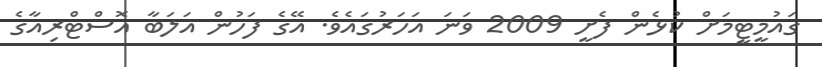
ގައުމީޓީމަށް ކުޅެން ފެށީ 2009 ވަނަ އަހަރުގައެވެ. އޭގެ ފަހުން އަލަބާ އޮސްޓްރިއާގެ